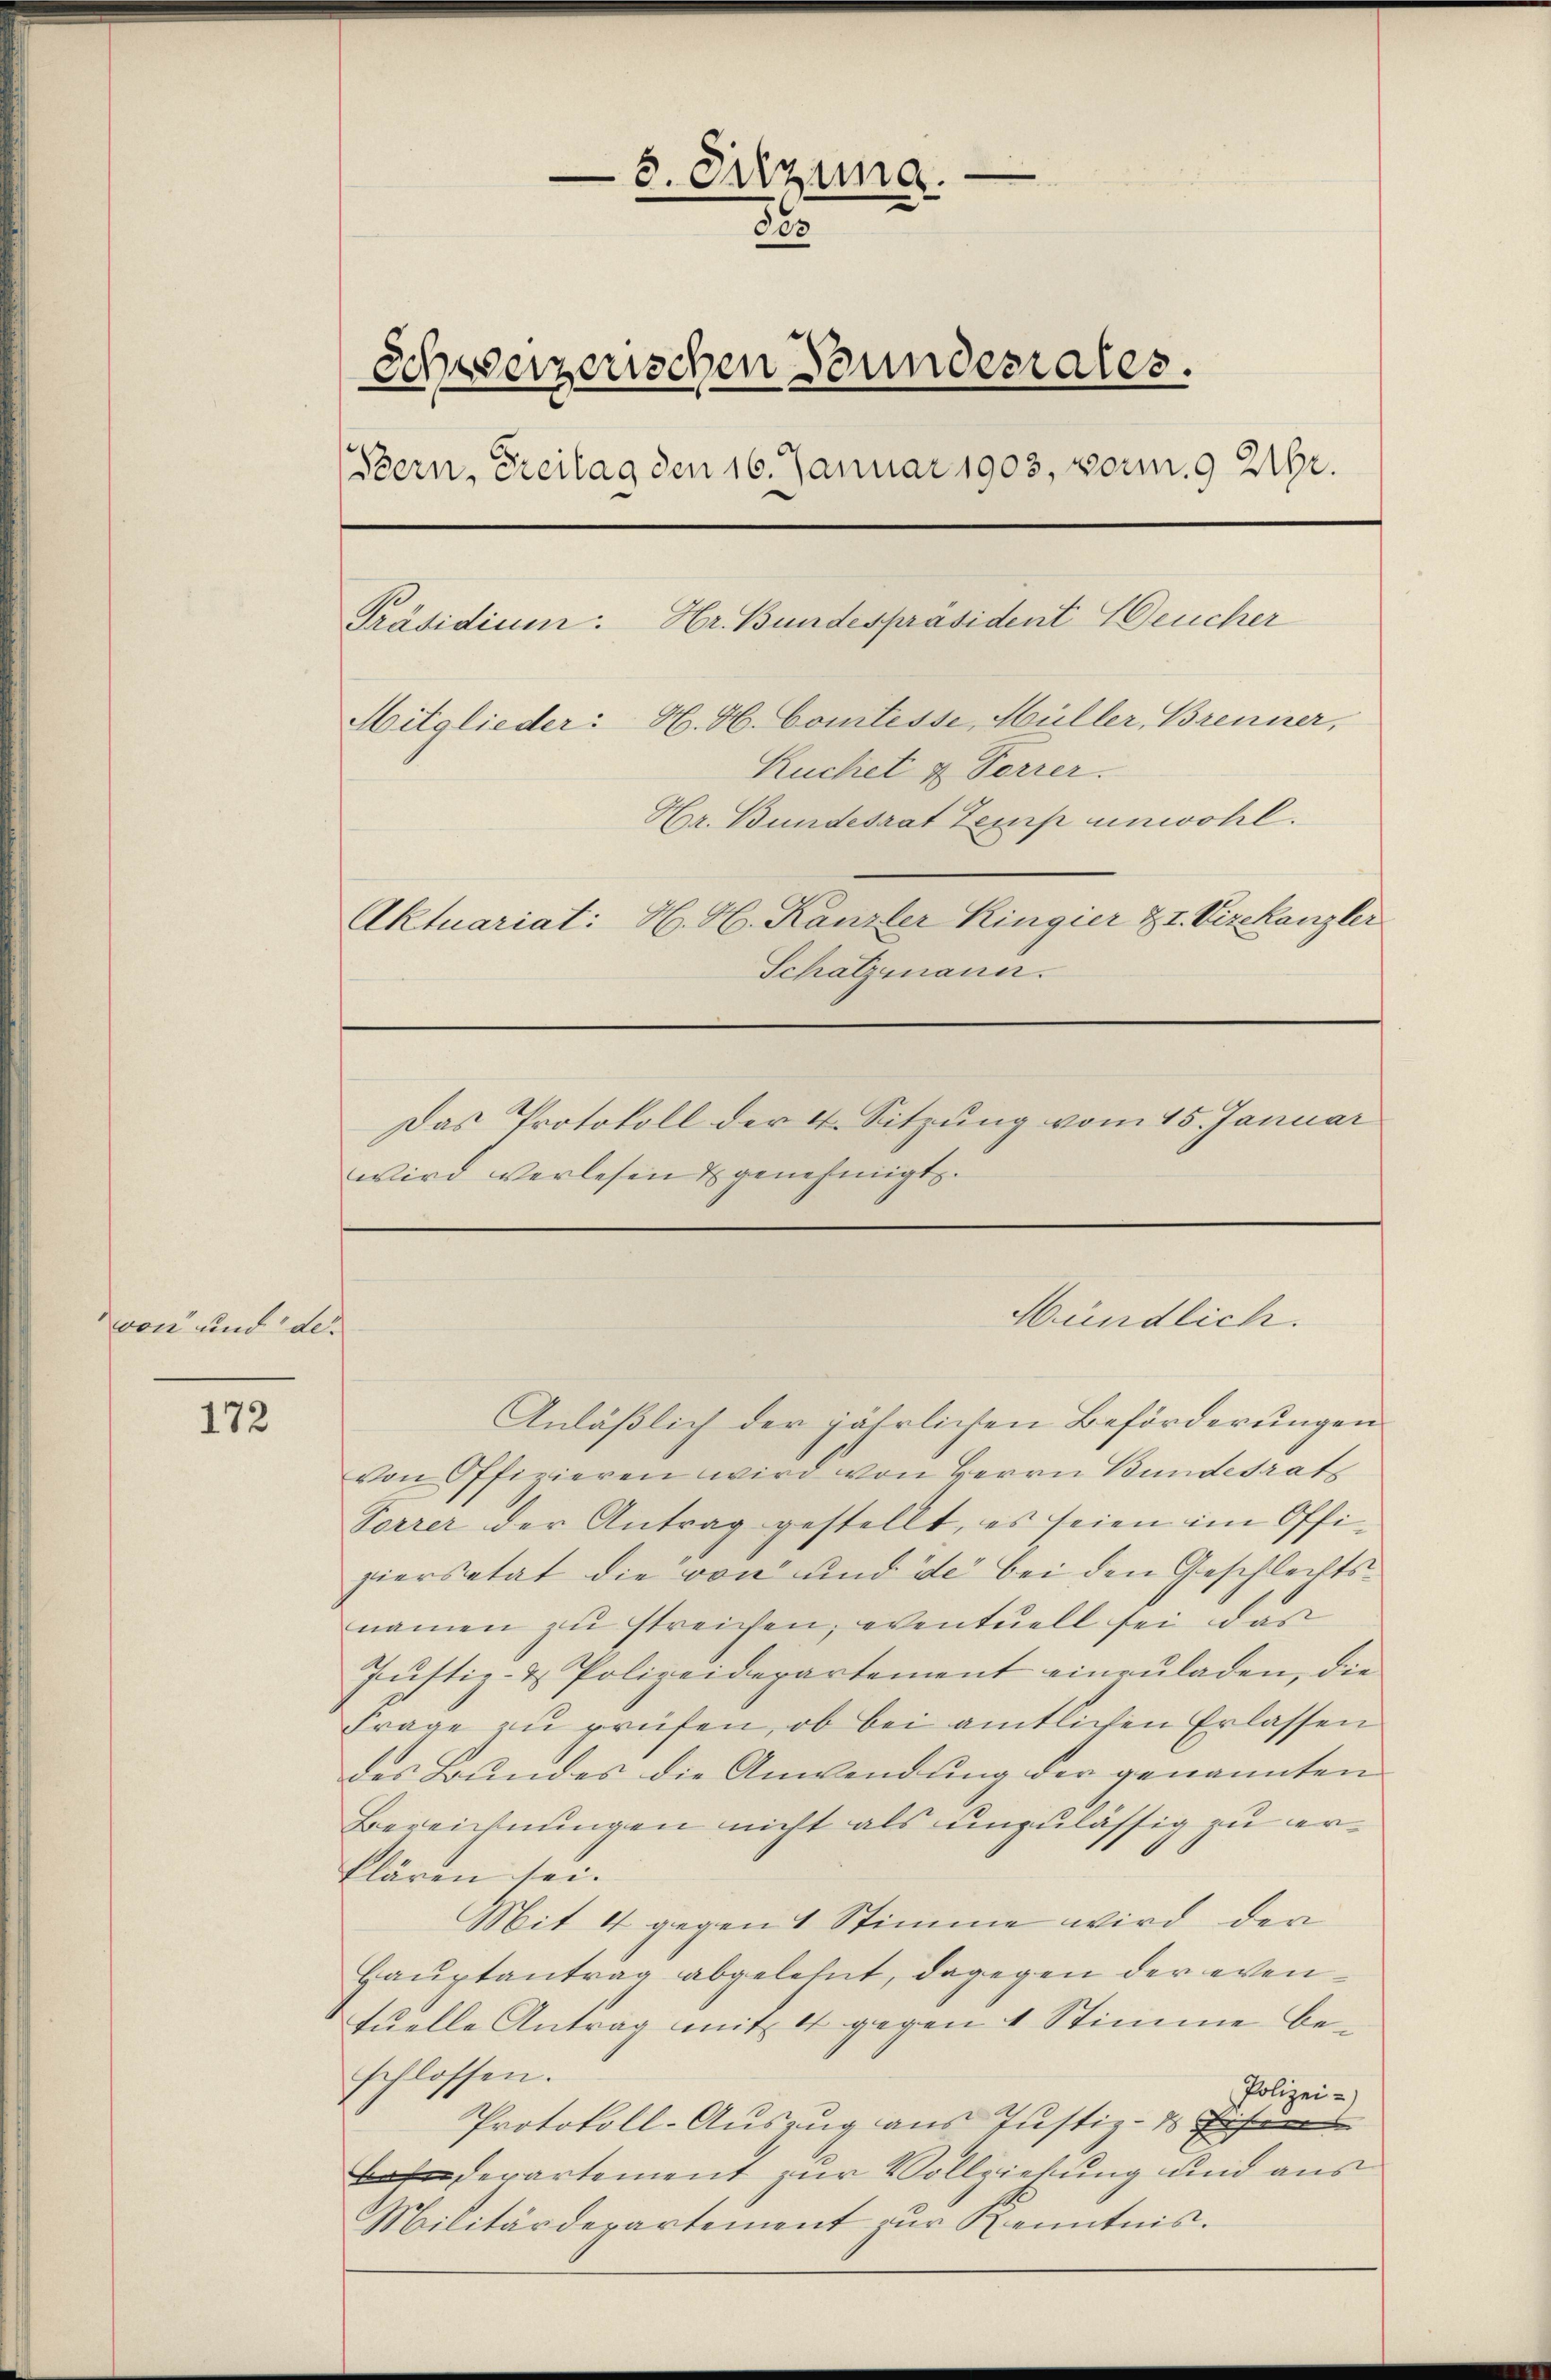
von und der

172

schweizerischen Stunderrates.
Bern, Freitag den 16. Januar 1903, vorm. 9 216.
Präsidium: Hr. Bundespräsident eucher
Mitglieder: H. H. Comtesse, Müller, Brenner,
Kuchet & Forrer.
Hr. Bundesrat Temp unwohl.
Aktuariat: H. H. Kanzler Kingier & 2. Vizekanzler
Schatzmann.
Das Protokoll der 4. Sitzung vom 15. Januar
wird verlesen & genehmigt.

Anläßlich der jährlichen Beförderungen
von Offizieren wird von Herrn Bundesrats
Torrer der Antrag gestellt, es seien im Offi-
piersetat die von und de bei den Geschlechtsnamen zu streichen, eventuell sei, das
Justiz- & Polizeidepartement einzuladen, die
Frage zu prüfen, ob bei amtlichen Erlassen
des Bundes die Anwendung der genannten
Bereichnungen nicht als unzulässig zu erklären sei.
Mit 4 gegen 1 Stimme wird der
Hauptantrag abgelehnt, dagegen der eventuelle Antrag mit 4 gegen 4 Stimme beschlossen.
Polizei-
Protokoll-Auszug aus Justiz- & Eisen
derartement zur Vollziehung und aus
Militärdepartement zŭr Kenntnis.

5. Sitzung.
863

Mündlich.